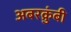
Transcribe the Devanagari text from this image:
अबरक्रुंबी